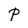
Character: P